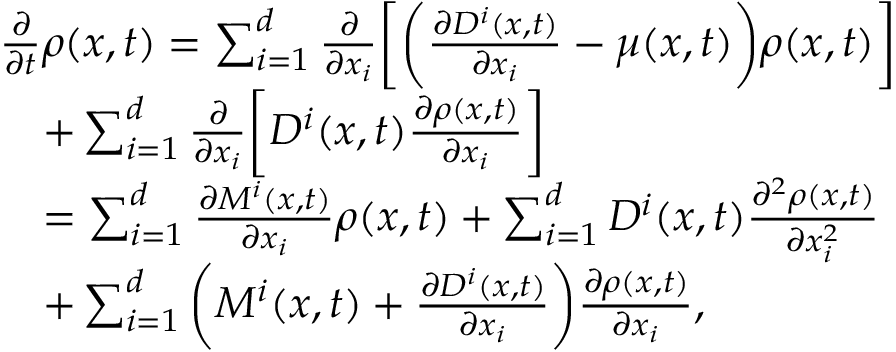
\begin{array} { r l } & { \frac { \partial } { \partial t } \rho ( x , t ) = \sum _ { i = 1 } ^ { d } \frac { \partial } { \partial x _ { i } } \bigg [ \bigg ( \frac { \partial D ^ { i } ( x , t ) } { \partial x _ { i } } - \mu ( x , t ) \bigg ) \rho ( x , t ) \bigg ] } \\ & { \quad + \sum _ { i = 1 } ^ { d } \frac { \partial } { \partial x _ { i } } \bigg [ D ^ { i } ( x , t ) \frac { \partial \rho ( x , t ) } { \partial x _ { i } } \bigg ] } \\ & { \quad = \sum _ { i = 1 } ^ { d } \frac { \partial M ^ { i } ( x , t ) } { \partial x _ { i } } \rho ( x , t ) + \sum _ { i = 1 } ^ { d } D ^ { i } ( x , t ) \frac { \partial ^ { 2 } \rho ( x , t ) } { \partial x _ { i } ^ { 2 } } } \\ & { \quad + \sum _ { i = 1 } ^ { d } \bigg ( M ^ { i } ( x , t ) + \frac { \partial D ^ { i } ( x , t ) } { \partial x _ { i } } \bigg ) \frac { \partial \rho ( x , t ) } { \partial x _ { i } } , } \end{array}